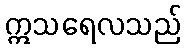
ဣသရေလသည်